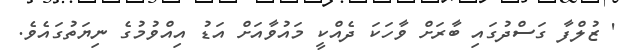
' ޒުލްފާ ގަސްދުގައި ބާރަށް ވާހަކަ ދެއްކީ މައުވާއަށް އަޑު އިއްވުމުގެ ނިޔަތުގައެވެ.